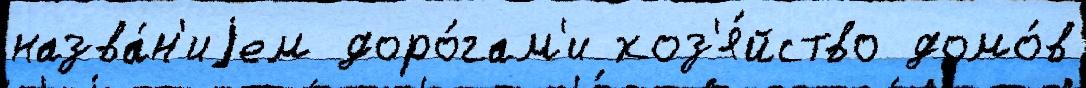
назва́н'иjем доро́гам'и хоз'я́йство домо́в